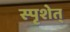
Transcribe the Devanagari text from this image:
स्पृशेत्